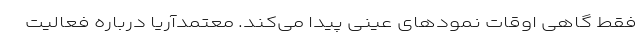
فقط گاهی اوقات نمود‌های عینی پیدا می‌کند. معتمدآریا درباره فعالیت